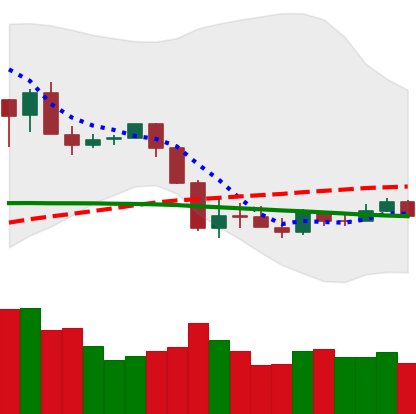
Ticker: XRP-USD
Chart end date: 2020-03-07
Forward return: -41.1%
Label: down_7plus